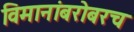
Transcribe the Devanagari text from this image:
विमानांबरोबरच